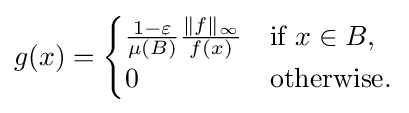
g(x)={\begin{cases}{\frac {1-\varepsilon }{\mu (B)}}{\frac {\|f\|_{\infty }}{f(x)}}&{\text{if }}x\in B,\\0&{\text{otherwise.}}\end{cases}}